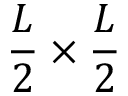
\frac { L } { 2 } \times \frac { L } { 2 }